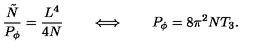
\frac { { \tilde { N } } } { P _ { \phi } } = \frac { L ^ { 4 } } { 4 N } \qquad \Longleftrightarrow \qquad P _ { \phi } = 8 \pi ^ { 2 } N T _ { 3 } .